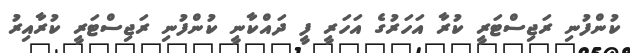
ކުންފުނި ރަޖިސްޓަރީ ކުރާ އަހަރުގެ އަހަރީ ފީ ދައްކާނީ ކުންފުނި ރަޖިސްޓަރީ ކުރާއިރު